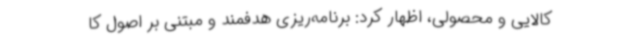
کالایی و محصولی، اظهار کرد: برنامه‌ریزی هدفمند و مبتنی بر اصول کا